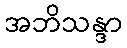
အဘိသန္ဒာ